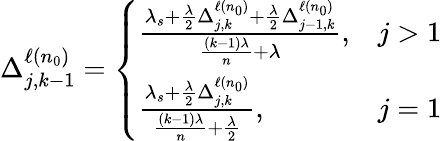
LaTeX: \begin{array}{r}{\Delta_{j,k-1}^{\ell(n_{0})}=\left\{ \begin{array}{ll}{\frac{\lambda_{s}+\frac{\lambda}{2}\Delta_{j,k}^{\ell(n_{0})}+\frac{\lambda}{2}\Delta_{j-1,k}^{\ell(n_{0})}}{\frac{(k-1)\lambda}{n}+\lambda},}&{j>1}\\ {\frac{\lambda_{s}+\frac{\lambda}{2}\Delta_{j,k}^{\ell(n_{0})}}{\frac{(k-1)\lambda}{n}+\frac{\lambda}{2}},}&{j=1}\end{array}\right.}\end{array}